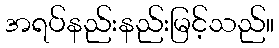
အရပ်နည်းနည်းမြင့်သည်။